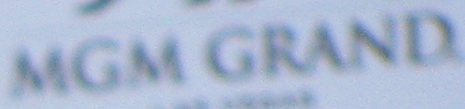
MGM GRAND